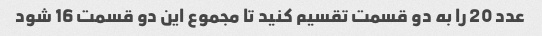
عدد 20 را به دو قسمت تقسیم کنید تا مجموع این دو قسمت 16 شود